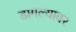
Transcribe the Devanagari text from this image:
डागल्यावर